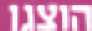
הוצגו